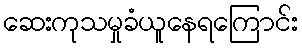
ဆေးကုသမှုခံယူနေရကြောင်း